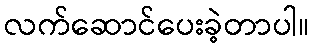
လက်ဆောင်ပေးခဲ့တာပါ။